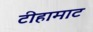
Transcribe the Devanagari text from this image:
टीहामाट